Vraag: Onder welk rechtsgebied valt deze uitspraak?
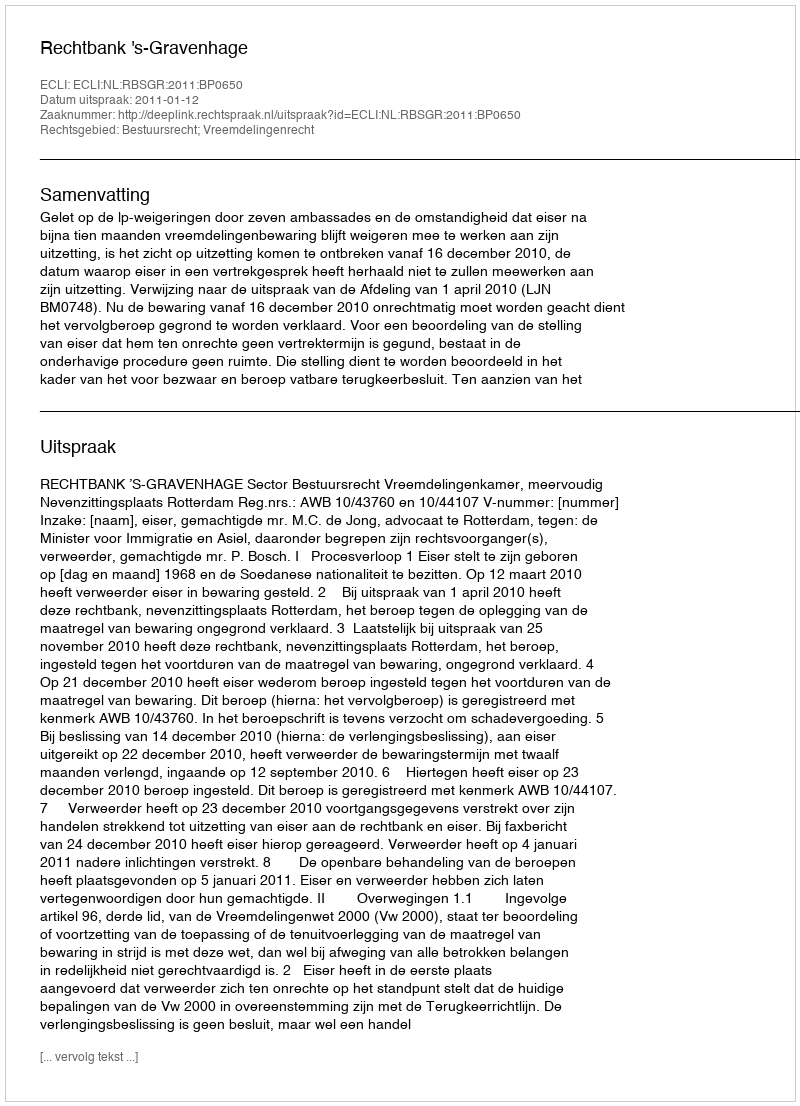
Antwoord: Bestuursrecht; Vreemdelingenrecht